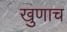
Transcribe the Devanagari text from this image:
खुणाच